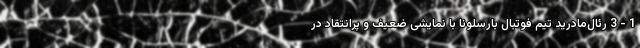
1 - 3 رئال‌مادرید تیم فوتبال بارسلونا با نمایشی ضعیف و پرانتقاد در